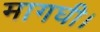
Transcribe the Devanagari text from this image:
मागघी।